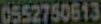
0552750613